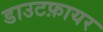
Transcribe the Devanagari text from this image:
डाउटफ़ायर